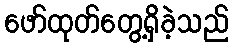
ဖော်ထုတ်တွေ့ရှိခဲ့သည်